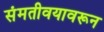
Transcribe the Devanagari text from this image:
संमतीवयावरून